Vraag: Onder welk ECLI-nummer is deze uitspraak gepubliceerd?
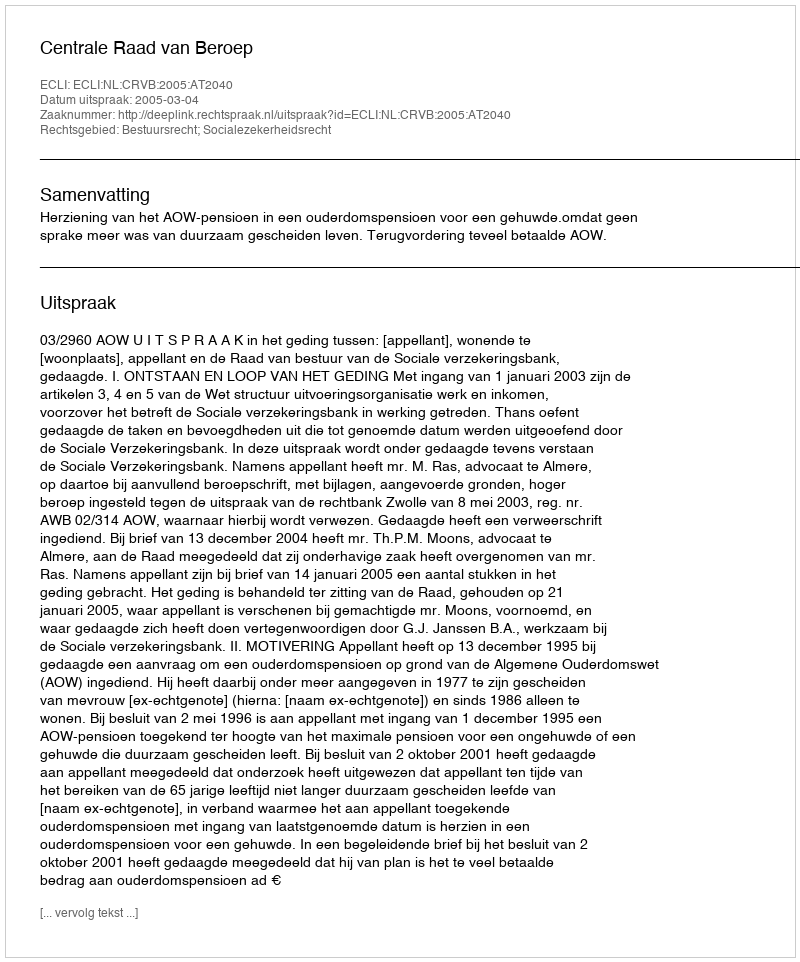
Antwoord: ECLI:NL:CRVB:2005:AT2040